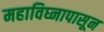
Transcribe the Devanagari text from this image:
महाविघ्नापासून